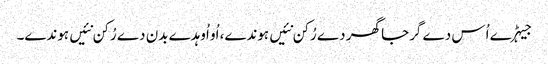
جیہڑے اُس دے گرجا گھر دے رُکن نئیں ہوندے، اُو اُوہدے بدن دے رُکن نئیں ہوندے۔